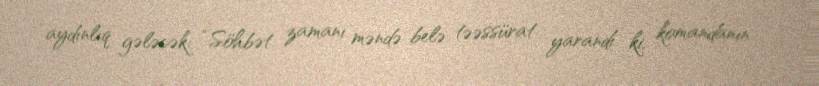
aydınlıq gələcək: “Söhbət zamanı məndə belə təəssürat yarandı ki, komandanın